Annual administration report of the Bombay Presidency - 1887-1892
Year: 1887
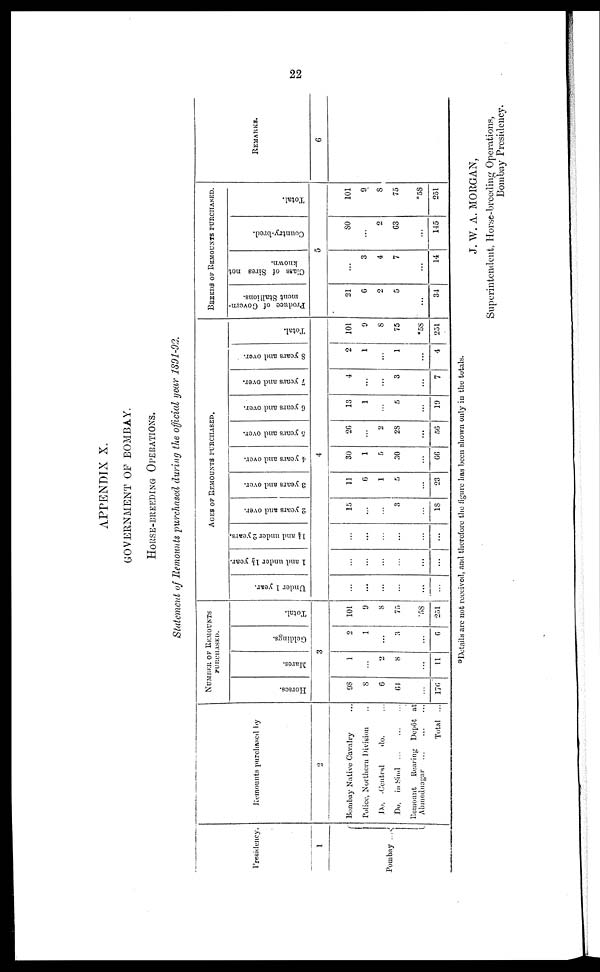
22
APPENDIX X.
GOVERNMENT OF BOMBAY.
HORSE-BREEDING OPERATIONS.
Statement of Remounts purchased during the official year 1891-92.
Presidency.
1
Bombay
...
Remounts purchased by
2
Bombay Native Cavalry ...
Police, Northern Division ...
Do. Central
do. ...
Do. in Sind ... ... ...
Remount Rearing Depôt at
Ahmednagar ... ... ...
Total ...
NUMBER OF REMOUNTS
PURCHASED.
Horses.
Marcs.
Geldings.
Total.
3
98
8
6
61
...
176
1
...
2
8
...
11
2
1
...
3
...
6
101
9
8
75
58
251
AGES OF REMOUNTS PURCHASED.
Under 1 year.
1 and under 1½ year.
1½
and under 2 years.
2 years and over.
3 years and over.
4 years and over.
5 years and over.
6 years and over.
7 years and over.
8 years and over.
Total.
4
...
...
...
...
...
...
...
...
...
...
...
...
...
...
...
...
...
...
15
...
...
3
...
18
11
6
1
5
...
23
30
1
5
30
...
66
26
...
2
28
...
56
13
1
...
5
...
19
4
...
...
3
...
7
2
1
...
1
...
4
101
9
8
75
58
251
BREEDS OF REMOUNTS PURCHASED.
Produce of Govern-
ment Stallions.
Class of Sires not
known.
Country-bred.
Total.
5
21
6
2
5
...
34
...
3
4
7
...
14
80
...
2
63
...
145
101
9
8
75
58
251
REMARKS.
6
Details are not received, and therefore the figure has been shown only in the totals.
J. W. A. MORGAN,
Superintendent, Horse-breeding Operations,
Bombay Presidency.